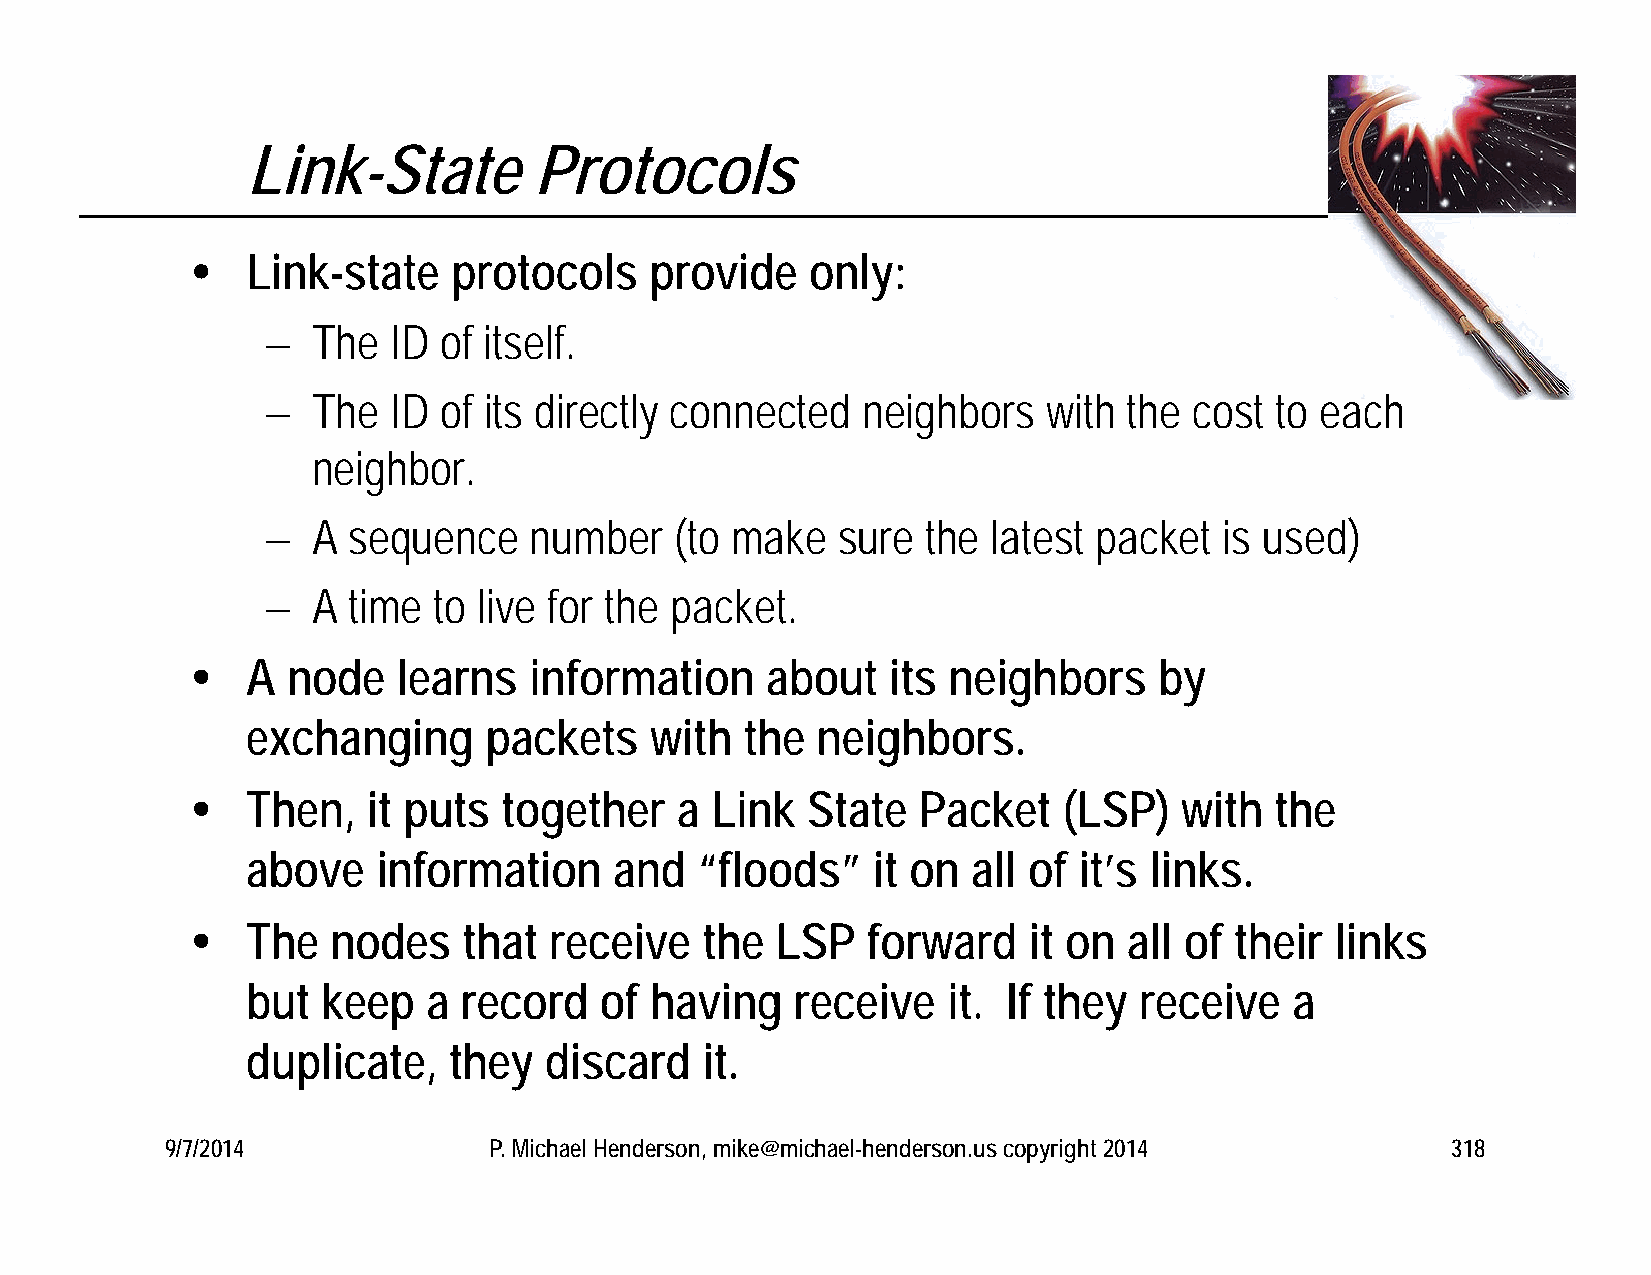
Link-State         Protocols
   Link-state    protocols    provide    only:
   The  ID of itself.
   The  ID of its directly connected   neighbors   with  the cost to each
 neighbor.
   A sequence    number    (to make  sure  the  latest packet  is used)
   A time  to live for the packet.
   A  node   learns   information     about   its neighbors     by
 exchanging      packets    with  the  neighbors.
   Then,   it puts  together    a Link  State   Packet   (LSP)   with  the
 above    information     and  “floods”    it on all of it’s links.
   The   nodes    that receive   the  LSP   forward    it on  all of their links
 but  keep   a record    of having    receive   it. If they receive    a
 duplicate,    they  discard   it.
 9/7/2014             P. Michael Henderson, mike@michael-henderson.us copyright 2014  318